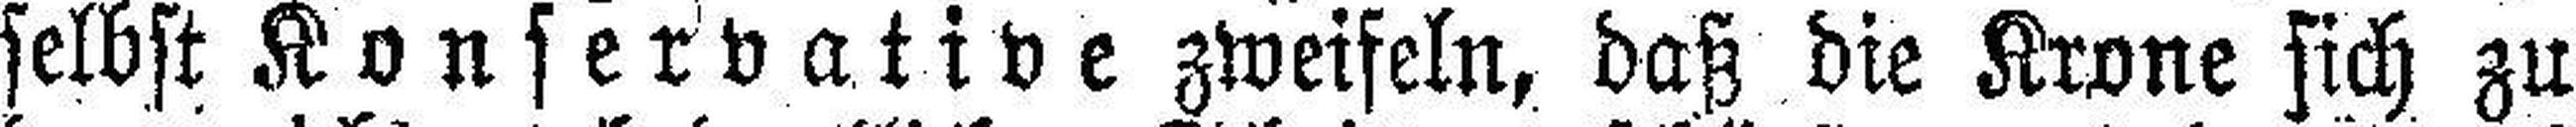
selbst Konservative zweifeln, daß die Krone sich zu